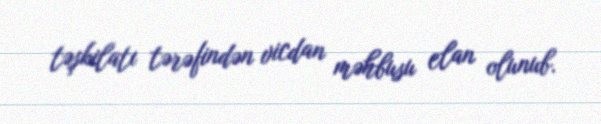
təşkilatı tərəfindən vicdan məhbusu elan olunub.